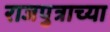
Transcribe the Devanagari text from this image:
राजपुत्राच्या